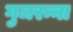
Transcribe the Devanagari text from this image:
गुजरन्ना